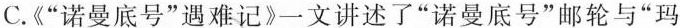
C.《”诺曼底号”遇难记》一文讲述了”诺曼底号”邮轮与”玛